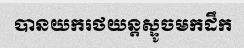
បានយករថយន្តស្ទូចមកដឹក